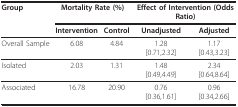
<table><thead><tr><td><b>Group</b></td><td colspan="2"><b>Mortality Rate (%)</b></td><td colspan="2"><b>Effect of Intervention (Odds Ratio)</b></td></tr><tr><td></td><td><b>Intervention</b></td><td><b>Control</b></td><td><b>Unadjusted</b></td><td><b>Adjusted</b></td></tr></thead><tbody><tr><td>Overall Sample</td><td>6.08</td><td>4.84</td><td>1.28[0.71,2.32]</td><td>1.17[0.43,3.23]</td></tr><tr><td>Isolated</td><td>2.03</td><td>1.31</td><td>1.48[0.49,4.49]</td><td>2.34[0.64,8.64]</td></tr><tr><td>Associated</td><td>16.78</td><td>20.90</td><td>0.76[0.36,1.61]</td><td>0.96[0.34,2.66]</td></tr></tbody></table>